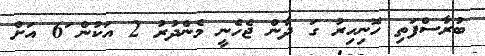
ބުރާސްފަތި ހޮނިހިރު ގަ ދާން ޖެހެނީ މެންދުރު 2 އަކުން 6ަ އަށް